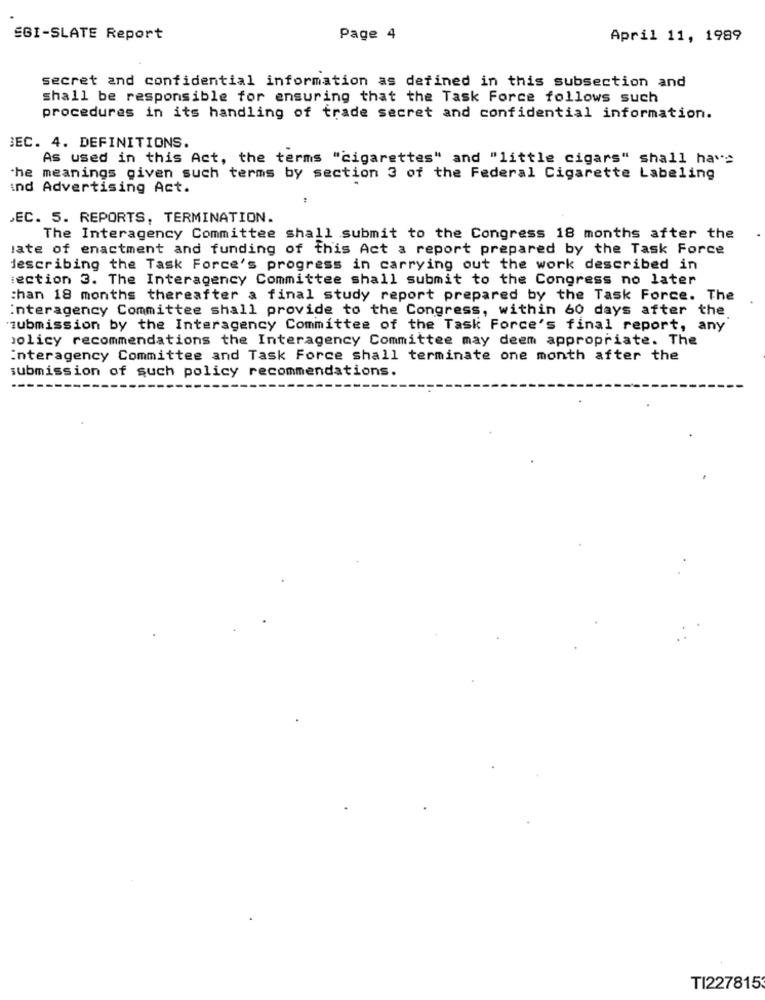
SGI-SLATE Report
Page 4
April 11, 1989
secret and confidential information as defined in this subsection and
shall be responsible for ensuring that the Task Force follows such
procedures in its handling of trade secret and confidential information.
BEC. 4. DEFINITIONS.
As used in this Act, the terms "cigarettes" and "little cigars" shall have
'he meanings given such terms by section 3 of the Federal Cigarette Labeling
ind Advertising Act.
EC. 5. REPORTS, TERMINATION.
The Interagency Committee shall submit to the Congress 18 months after the
jate of enactment and funding of this Act a report prepared by the Task Force
describing the Task Force's progress in carrying out the work described in
section 3. The Interagency Committee shall submit to the Congress no later
:han 18 months thereafter a final study report prepared by the Task Force. The
interagency Committee shall provide to the Congress, within 60 days after the
submission by the Interagency Committee of the Task Force's final report, any
policy recommendations the Interagency Committee may deem appropriate. The
interagency Committee and Task Force shall terminate one month after the
submission of such policy recommendations.
TI227815